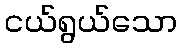
ငယ်ရွယ်သော